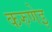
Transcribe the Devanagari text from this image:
करुणेइ